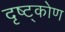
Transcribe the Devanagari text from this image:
दृष्ट्कोण